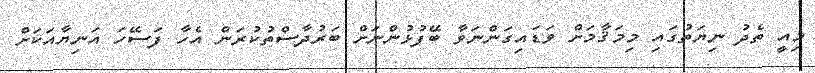
މިއީ ތެދު ނިޔަތުގައި މިމަޤާމަށް ވަޑައިގަންނަވާ ބޭފުޅުންނަށް ބަރުދާސްތުކުރަން އެހާ ފަސޭހަ އަނިޔާއަކަށް